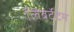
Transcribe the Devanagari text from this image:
लिबर्टेटम